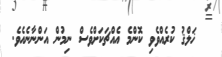
ޚަލްޤު ކުރެއްވެވި ކޮންމެ އެއްޗަކަށްވެސް ނިމުން އަންނާނެއެވެ.